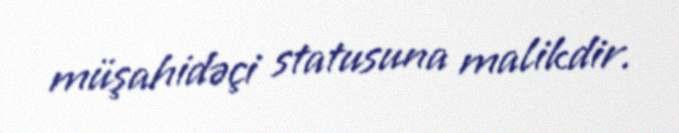
müşahidəçi statusuna malikdir.